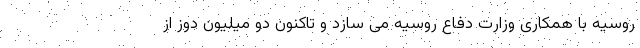
روسیه با همکاری وزارت دفاع روسیه می سازد و تاکنون دو میلیون دوز از